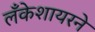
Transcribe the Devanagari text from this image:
लँकेशायरने